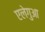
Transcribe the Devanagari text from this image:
एलेगुआ